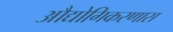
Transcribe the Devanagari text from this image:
औद्योगिकरणास